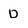
Character: D